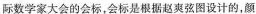
际数学家大会的会标，会标是根据赵爽弦图设计的，颜